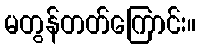
မတွန်တတ်ကြောင်း။